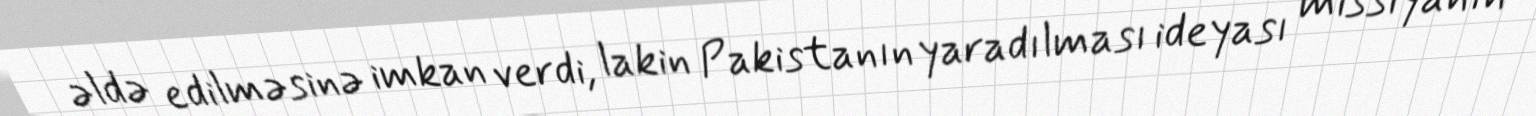
əldə edilməsinə imkan verdi, lakin Pakistanın yaradılması ideyası missiyanın